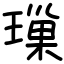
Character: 璅